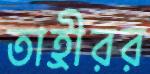
তাহ্রীরর